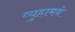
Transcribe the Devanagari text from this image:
व्युहामधे